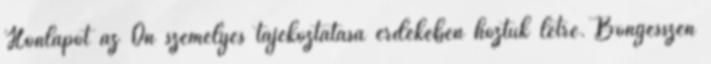
Honlapot az Ön személyes tájékoztatása érdekében hoztuk létre. Böngésszen